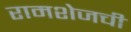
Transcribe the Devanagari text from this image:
रामशेजची